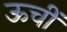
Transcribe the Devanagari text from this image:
ऊचीं